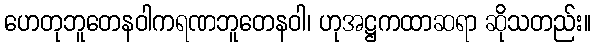
ဟေတုဘူတေနဝါကရဏဘူတေနဝါ၊ ဟုအဋ္ဌကထာဆရာ ဆိုသတည်း။